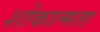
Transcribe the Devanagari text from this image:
शोकात्मता